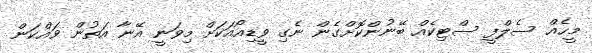
މީހެއް ސެލްފީ ސްޓިކެއް ބޭނުންކޮށްގެން ނެގި ވީޑިއޯއަކަށް މިވަނީ އޭނާ އަތުން ވައްކަން